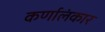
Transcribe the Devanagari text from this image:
कर्णालंकार